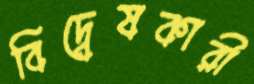
বিদ্বেষকারী